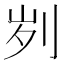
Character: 刿